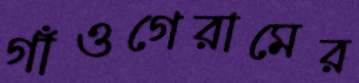
গাঁওগেরামের